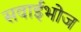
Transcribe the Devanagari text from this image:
सवाईभोज